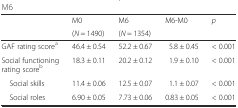
<table><thead><tr><td rowspan="2"></td><td><b>M0</b></td><td><b>M6</b></td><td rowspan="2"><b>M6-M0</b></td><td rowspan="2"><b><i>p</i></b></td></tr><tr><td><b>(<i>N</i> = 1490)</b></td><td><b>(<i>N</i> = 1354)</b></td></tr></thead><tbody><tr><td>GAF rating score<sup>a</sup></td><td>46.4 ± 0.54</td><td>52.2 ± 0.67</td><td>5.8 ± 0.45</td><td>&lt; 0.001</td></tr><tr><td>Social functioning rating score<sup>b</sup></td><td>18.3 ± 0.11</td><td>20.2 ± 0.12</td><td>1.9 ± 0.10</td><td>&lt; 0.001</td></tr><tr><td> Social skills</td><td>11.4 ± 0.06</td><td>12.5 ± 0.07</td><td>1.1 ± 0.07</td><td>&lt; 0.001</td></tr><tr><td> Social roles</td><td>6.90 ± 0.05</td><td>7.73 ± 0.06</td><td>0.83 ± 0.05</td><td>&lt; 0.001</td></tr></tbody></table>